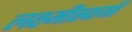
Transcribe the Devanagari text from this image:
लक्ष्मीस्वामी